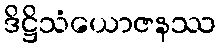
ဒိဋ္ဌိသံယောဇနဿ